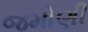
જમોણી